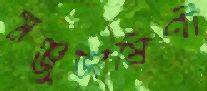
মঞ্জুভাষিণী